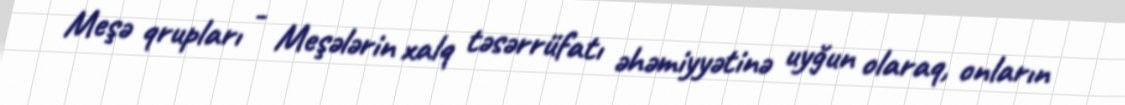
Meşə qrupları - Meşələrin xalq təsərrüfatı əhəmiyyətinə uyğun olaraq, onların